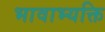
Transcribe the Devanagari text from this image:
भावाभ्यक्ति